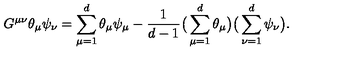
G ^ { \mu \nu } \theta _ { \mu } \psi _ { \nu } = \sum _ { \mu = 1 } ^ { d } \theta _ { \mu } \psi _ { \mu } - \frac { 1 } { d - 1 } \big ( \sum _ { \mu = 1 } ^ { d } \theta _ { \mu } \big ) \big ( \sum _ { \nu = 1 } ^ { d } \psi _ { \nu } \big ) .